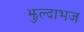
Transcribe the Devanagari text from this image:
झुल्दाभज